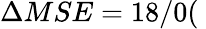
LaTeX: \Delta MSE=18/0(\